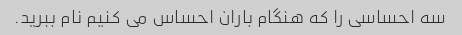
سه احساسی را که هنگام باران احساس می کنیم نام ببرید.